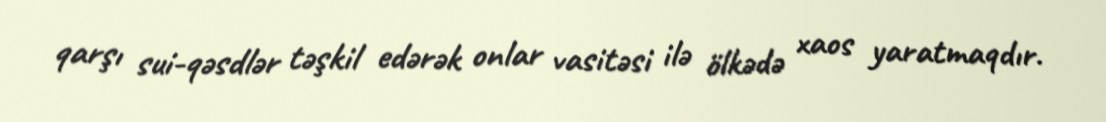
qarşı sui-qəsdlər təşkil edərək onlar vasitəsi ilə ölkədə xaos yaratmaqdır.